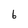
Character: 6